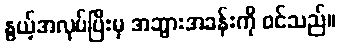
နွယ့်အလုပ်ပြီးမှ အဘွားအခန်းကို ဝင်သည်။